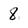
Character: 8